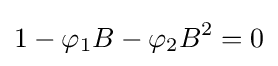
1-\varphi _{1}B-\varphi _{2}B^{2}=0